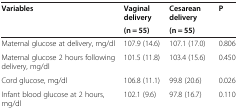
| Variables | Vaginal delivery | Cesarean delivery | P |
 |  | (n = 55) | (n = 55) |  |
 | --- | --- | --- | --- |
 | Maternal glucose at delivery, mg/dl | 107.9 (14.6) | 107.1 (17.0) | 0.806 |
 | Maternal glucose 2 hours following delivery, mg/dl | 101.5 (11.8) | 103.4 (15.6) | 0.450 |
 | Cord glucose, mg/dl | 106.8 (11.1) | 99.8 (20.6) | 0.026 |
 | Infant blood glucose at 2 hours, mg/dl | 102.1 (9.6) | 97.8 (16.7) | 0.110 |